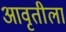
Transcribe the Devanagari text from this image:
आवृतीला